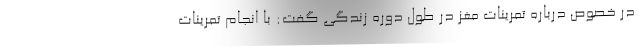
در خصوص درباره تمرینات مغز در طول دوره زندگی گفت: با انجام تمرینات